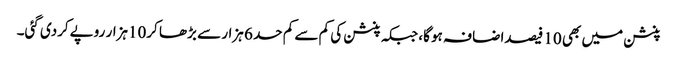
پنشن میں بھی 10 فیصداضافہ ہو گا، جبکہ پنشن کی کم سے کم حد 6 ہزار سے بڑھا کر10ہزار روپےکردی گئی۔